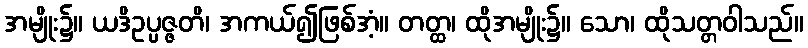
အမျိုး၌။ ယဒိဥပ္ပဇ္ဇတိ၊ အကယ်၍ဖြစ်အံ့။ တတ္ထ၊ ထိုအမျိုး၌။ သော၊ ထိုသတ္တဝါသည်။